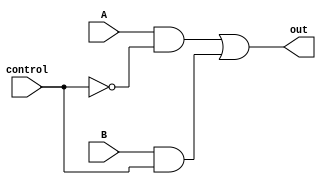
// output = A (when control == 0) or B (when control == 1)
module mux2(out, A, B, control);
    output out;
    input  A, B;
    input  control;
    wire   wA, wB, not_control;
         
    not n1(not_control, control);
    and a1(wA, A, not_control);
    and a2(wB, B, control);
    or  o1(out, wA, wB);
endmodule // mux2

// output = A (when control == 00) or B (when control == 01) or
//          C (when control == 10) or D (when control == 11)
module mux4(out, A, B, C, D, control);
    output      out;
    input       A, B, C, D;
    input [1:0] control;
    wire w1, w2;

	mux2 m1(w1, A, B, control[0]);
	mux2 m2(w2, C, D, control[0]);
	mux2 m3(out, w1, w2, control[1]);

endmodule // mux4